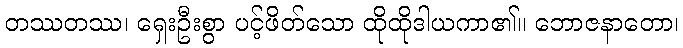
တဿတဿ၊ ရှေးဦးစွာ ပင့်ဖိတ်သော ထိုထိုဒါယကာ၏။ ဘောဇနာတော၊